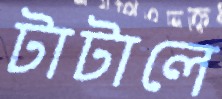
টাটালে